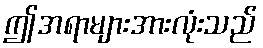
ဤအရာများအားလုံးသည်